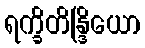
ရက္ခိတိန္ဒြိယော